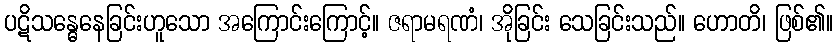
ပဋိသန္ဓေနေခြင်းဟူသော အကြောင်းကြောင့်။ ဇရာမရဏံ၊ အိုခြင်း သေခြင်းသည်။ ဟောတိ၊ ဖြစ်၏။